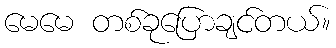
မေမေ တစ်ခုပြောချင်တယ်။